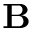
\mathbf B